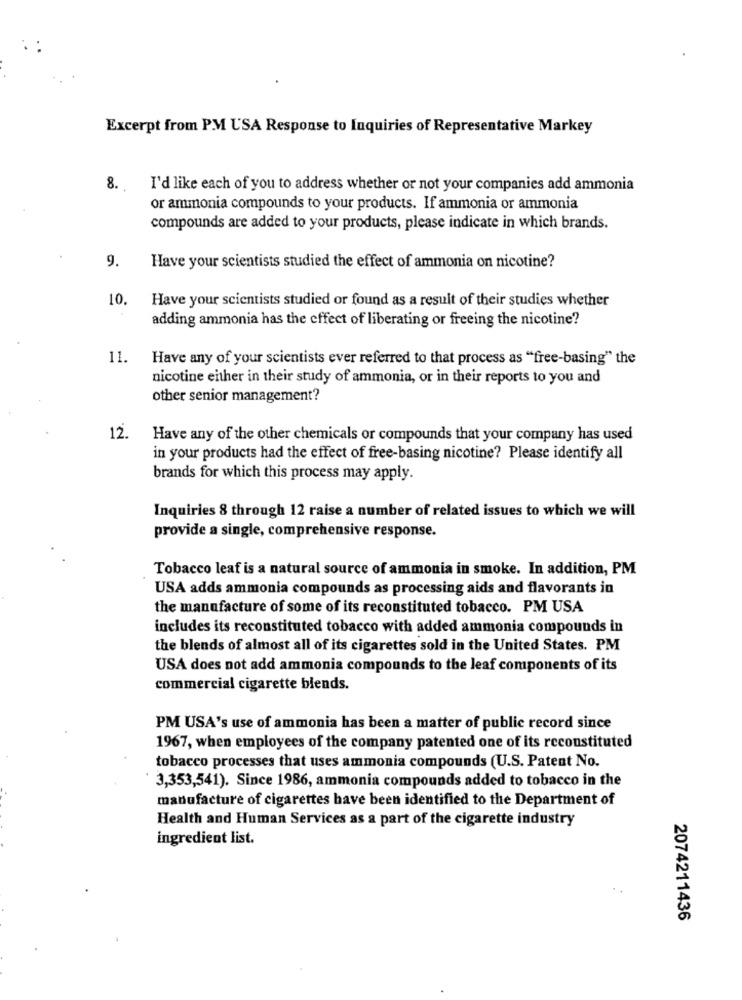
Excerpt from PM USA Response to Inquiries of Representative Markey
8 ..
I'd like each of you to address whether or not your companies add ammonia
or ammonia compounds to your products. If ammonia or ammonia
compounds are added to your products, please indicate in which brands.
9.
Have your scientists studied the effect of ammonia on nicotine?
10.
Have your scientists studied or found as a result of their studies whether
adding ammonia has the effect of liberating or freeing the nicotine?
11.
Have any of your scientists ever referred to that process as "free-basing" the
nicotine either in their study of ammonia, or in their reports to you and
other senior management?
12.
Have any of the other chemicals or compounds that your company has used
in your products had the effect of free-basing nicotine? Please identify all
brands for which this process may apply.
Inquiries 8 through 12 raise a number of related issues to which we will
provide a single, comprehensive response.
Tobacco leaf is a natural source of ammonia in smoke. In addition, PM
USA adds ammonia compounds as processing aids and flavorants in
the manufacture of some of its reconstituted tobacco. PM USA
includes its reconstituted tobacco with added ammonia compounds in
the blends of almost all of its cigarettes sold in the United States. PM
USA does not add ammonia compounds to the leaf components of its
commercial cigarette blends.
PM USA's use of ammonia has been a matter of public record since
1967, when employees of the company patented one of its reconstituted
tobacco processes that uses ammonia compounds (U.S. Patent No.
3,353,541). Since 1986, ammonia compounds added to tobacco in the
manufacture of cigarettes have been identified to the Department of
Health and Human Services as a part of the cigarette industry
ingredient list.
2074211436